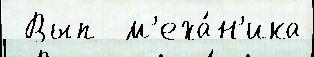
 Вып  м'еха́н'ика